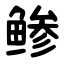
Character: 鲹